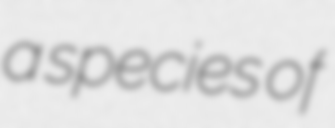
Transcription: a species of